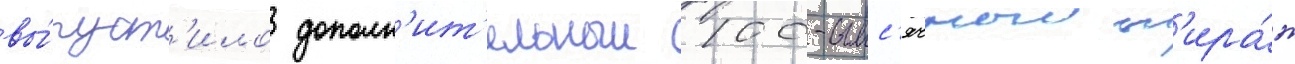
вы́пуст'ило дополн'ит'ельныи 100-тыс'ячныи т'ира́ж